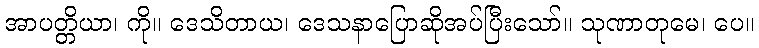
အာပတ္တိယာ၊ ကို။ ဒေသိတာယ၊ ဒေသနာပြောဆိုအပ်ပြီးသော်။ သုဏာတုမေ၊ ပေ။